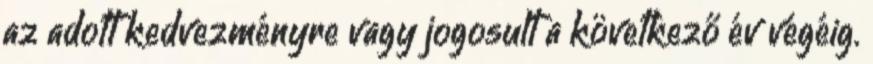
az adott kedvezményre vagy jogosult a következő év végéig.